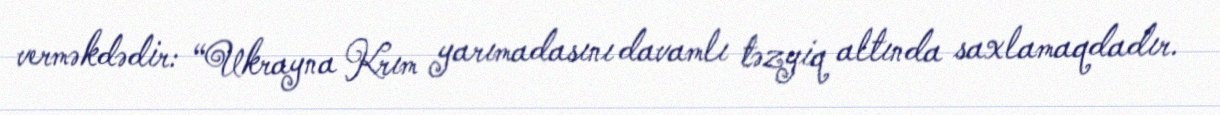
verməkdədir: “Ukrayna Krım yarımadasını davamlı təzyiq altında saxlamaqdadır.